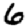
Digit: 6